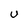
Character: U